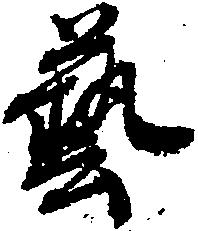
芸